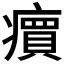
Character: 𬏽